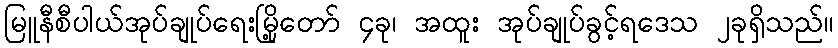
မြူနီစီပါယ်အုပ်ချုပ်ရေးမြို့တော် ၄ခု၊ အထူး အုပ်ချုပ်ခွင့်ရဒေသ ၂ခုရှိသည်။